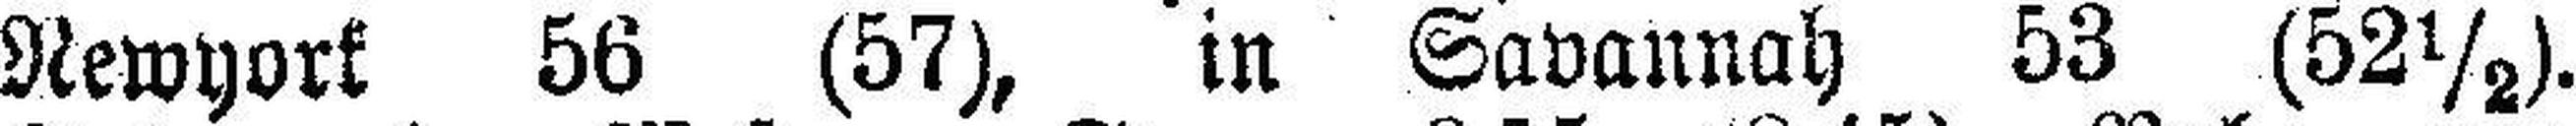
Newyork 56 (57), in Savannah 53 (52½).